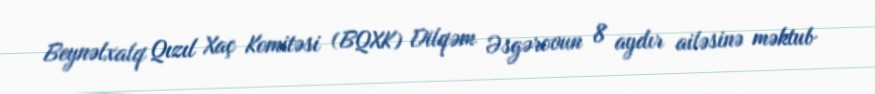
Beynəlxalq Qızıl Xaç Komitəsi (BQXK) Dilqəm Əsgərovun 8 aydır ailəsinə məktub